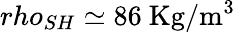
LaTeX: rho_{SH}\simeq 86~\mathrm{Kg/m^{3}}